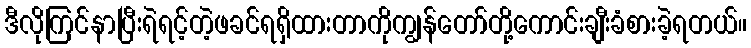
ဒီလိုကြင်နာပြီးရဲရင့်တဲ့ဖခင်ရရှိထားတာကိုကျွန်တော်တို့ကောင်းချီးခံစားခဲ့ရတယ်။